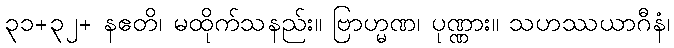
၃၁+၃၂+ နဧတိ၊ မထိုက်သနည်း။ ဗြာဟ္မဏ၊ ပုဏ္ဏား။ သဟဿယာဂီနံ၊